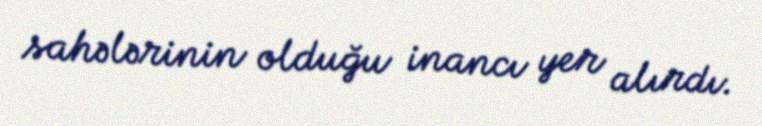
sahələrinin olduğu inancı yer alırdı.